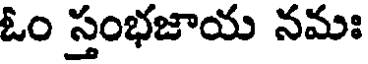
ఓం స్తంభజాయ నమః